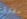
مفترق